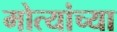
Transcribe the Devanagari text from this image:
मोत्यांच्या